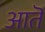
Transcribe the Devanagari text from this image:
आतॆ